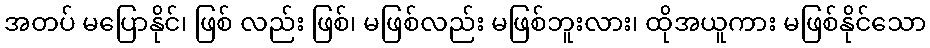
အတပ် မပြောနိုင်၊ ဖြစ် လည်း ဖြစ်၊ မဖြစ်လည်း မဖြစ်ဘူးလား၊ ထိုအယူကား မဖြစ်နိုင်သော